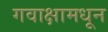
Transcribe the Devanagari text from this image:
गवाक्षामधून